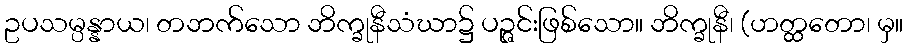
ဥပသမ္ပန္နာယ၊ တဘက်သော ဘိက္ခုနီသံဃာ၌ ပဉ္ဇင်းဖြစ်သော။ ဘိက္ခုနီ၊ (ဟတ္ထတော၊ မှ။